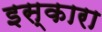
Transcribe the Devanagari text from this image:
इस्कारा